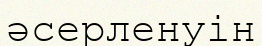
әсерленуін